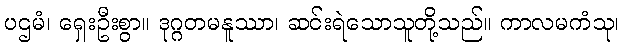
ပဌမံ၊ ရှေးဦးစွာ။ ဒုဂ္ဂတမနူဿာ၊ ဆင်းရဲသောသူတို့သည်။ ကာလမကံသု၊